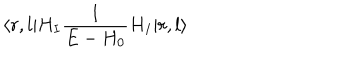
\langle r , l | H _ { I } { \frac { 1 } { E - H _ { 0 } } } H _ { I } | r , l \rangle